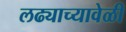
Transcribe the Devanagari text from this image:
लढ्याच्यावेळी